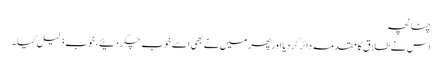
چنانچہ
اس نے طلا ق کا مقدمہ دائر کر دیا اور پھر میں نے بھی اسے خوب چکر دئیے ، خوب ذلیل کیا ۔